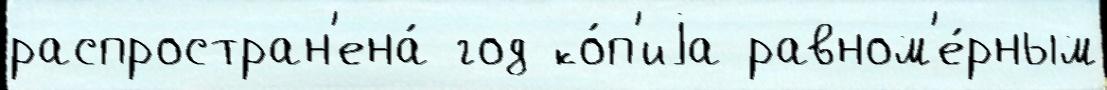
распростран'ена́ год ко́п'иjа равном'е́рным